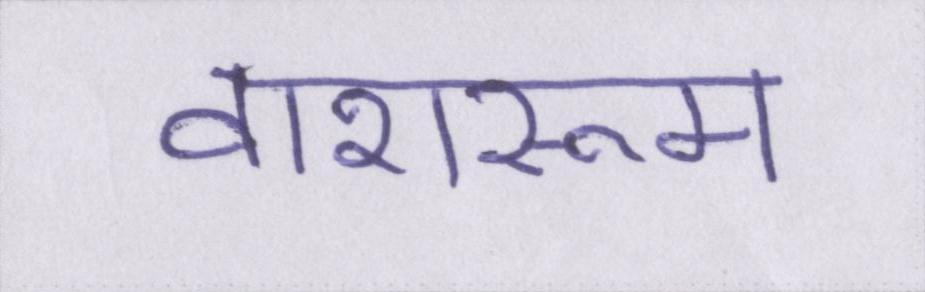
वाशरूम